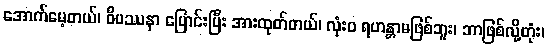
အောက်မေ့တယ်၊ ဝိပဿနာ ပြောင်းပြီး အားထုတ်တယ်၊ လုံးဝ ရဟန္တာမဖြစ်ဘူး၊ ဘာဖြစ်လို့တုံး၊